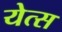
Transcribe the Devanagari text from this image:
येत्स